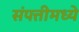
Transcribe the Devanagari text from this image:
संपत्तीमध्ये